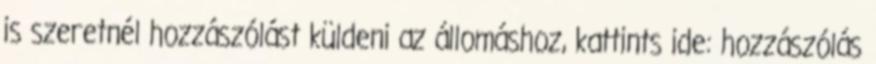
is szeretnél hozzászólást küldeni az állomáshoz, kattints ide: hozzászólás